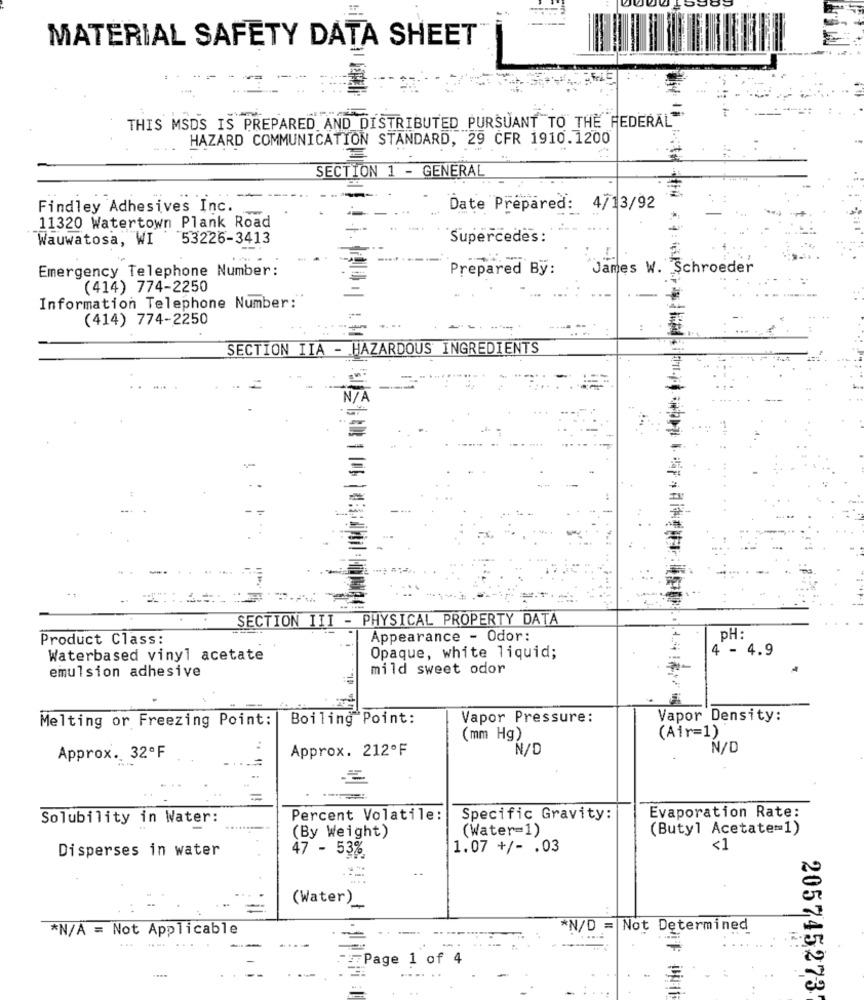
----
MATERIAL SAFETY DATA SHEET
THIS MSDS IS PREPARED AND DISTRIBUTED PURSUANT TO THE FEDERAL"
HAZARD COMMUNICATION STANDARD, 29 CFR 1910.1200
SECTION 1 - GENERAL
Findley Adhesives Inc.
Date Prepared: 4/13/92
11320 Watertown Plank Road
Wauwatosa, WI 53226-3413
Supercedes:
Emergency Telephone Number:
Prepared By :
James W. Schroeder
(414) 774-2250
Information Telephone Number:
(414) 774-2250
SECTION IIA - HAZARDOUS INGREDIENTS
SECTION III - PHYSICAL PROPERTY DATA
Product Class:
Appearance - Odor:
PH:
4 - 4.9
Waterbased vinyl acetate
Opaque, white liquid;
emulsion adhesive
mild sweet odor
Melting or Freezing Point: | Boiling Point:
Vapor Pressure:
Vapor Density:
(mm Hg)
(Air=1)
Approx. 212ºF
N/D
N/D
Approx. 32ºF
Evaporation Rate:
Solubility in Water:
Percent Volatile:
Specific Gravity:
(By Weight)
(Water=1)
(Butyl Acetate=1)
Disperses in water
47 - 53%
1.07 +/- . 03
<1
(Water)_
*N/A = Not Applicable
*N/D = Not Determined
... ...
Page 1 of 4
...
205745273